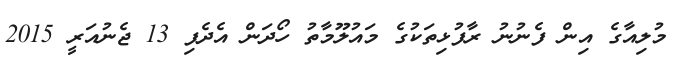
މުލިއާގެ އިން ފެނުނު ރާފުޅިތަކުގެ މައުލޫމާތު ހޯދަން އެދެފި 13 ޖެނުއަރީ 2015